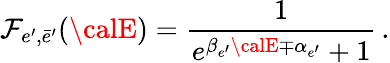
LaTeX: \mathcal{F}_{e^{\prime},\bar{{e}}^{\prime}}({\calE})=\frac{{1}}{{e^{\beta_{e^{\prime}}{\calE}\mp\alpha_{e^{\prime}}}+1}}\, .